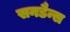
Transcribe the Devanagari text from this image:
सनडैन्स